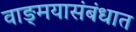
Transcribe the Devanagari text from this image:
वाङ्‌मयासंबंधात